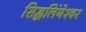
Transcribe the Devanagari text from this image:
सिद्धलिंगेश्वर